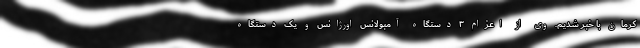
کرمان با خبر شدیم. وی از اعزام ۳ دستگاه آمبولانس اورژانس و یک دستگاه